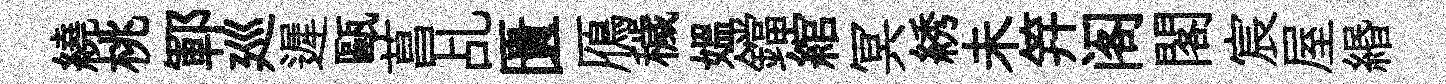
繞桃鄆廵遲甌菖乩匱鴈穢媪鐺綰冥綉未笄阁閣宸屋緡